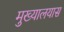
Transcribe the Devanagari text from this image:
मुख्यालयास